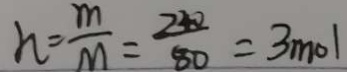
h = \frac { m } { M } = \frac { 2 4 0 } { 8 0 } = 3 m o l